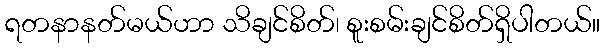
ရတနာနတ်မယ်ဟာ သိချင်စိတ်၊ စူးစမ်းချင်စိတ်ရှိပါတယ်။